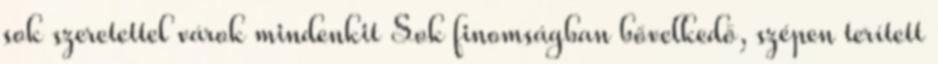
sok szeretettel várok mindenkit Sok finomságban bővelkedő, szépen terített